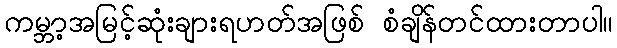
ကမ္ဘာ့အမြင့်ဆုံးချားရဟတ်အဖြစ် စံချိန်တင်ထားတာပါ။